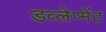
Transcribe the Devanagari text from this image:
डव्लेप्मेंट